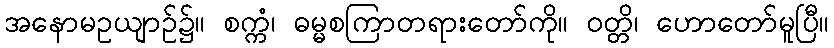
အနောမဥယျာဉ်၌။ စက္ကံ၊ ဓမ္မစကြာတရားတော်ကို။ ဝတ္တိ၊ ဟောတော်မူပြီ။